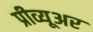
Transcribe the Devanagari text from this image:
प्रीव्यूअर